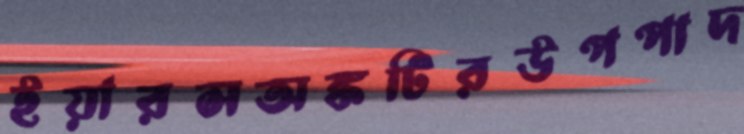
ইয়ারসঅঙ্কটিরউপপাদ